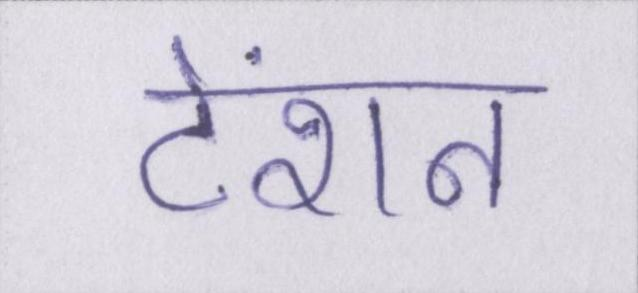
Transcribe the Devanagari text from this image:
टेंशन